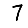
Digit: 7